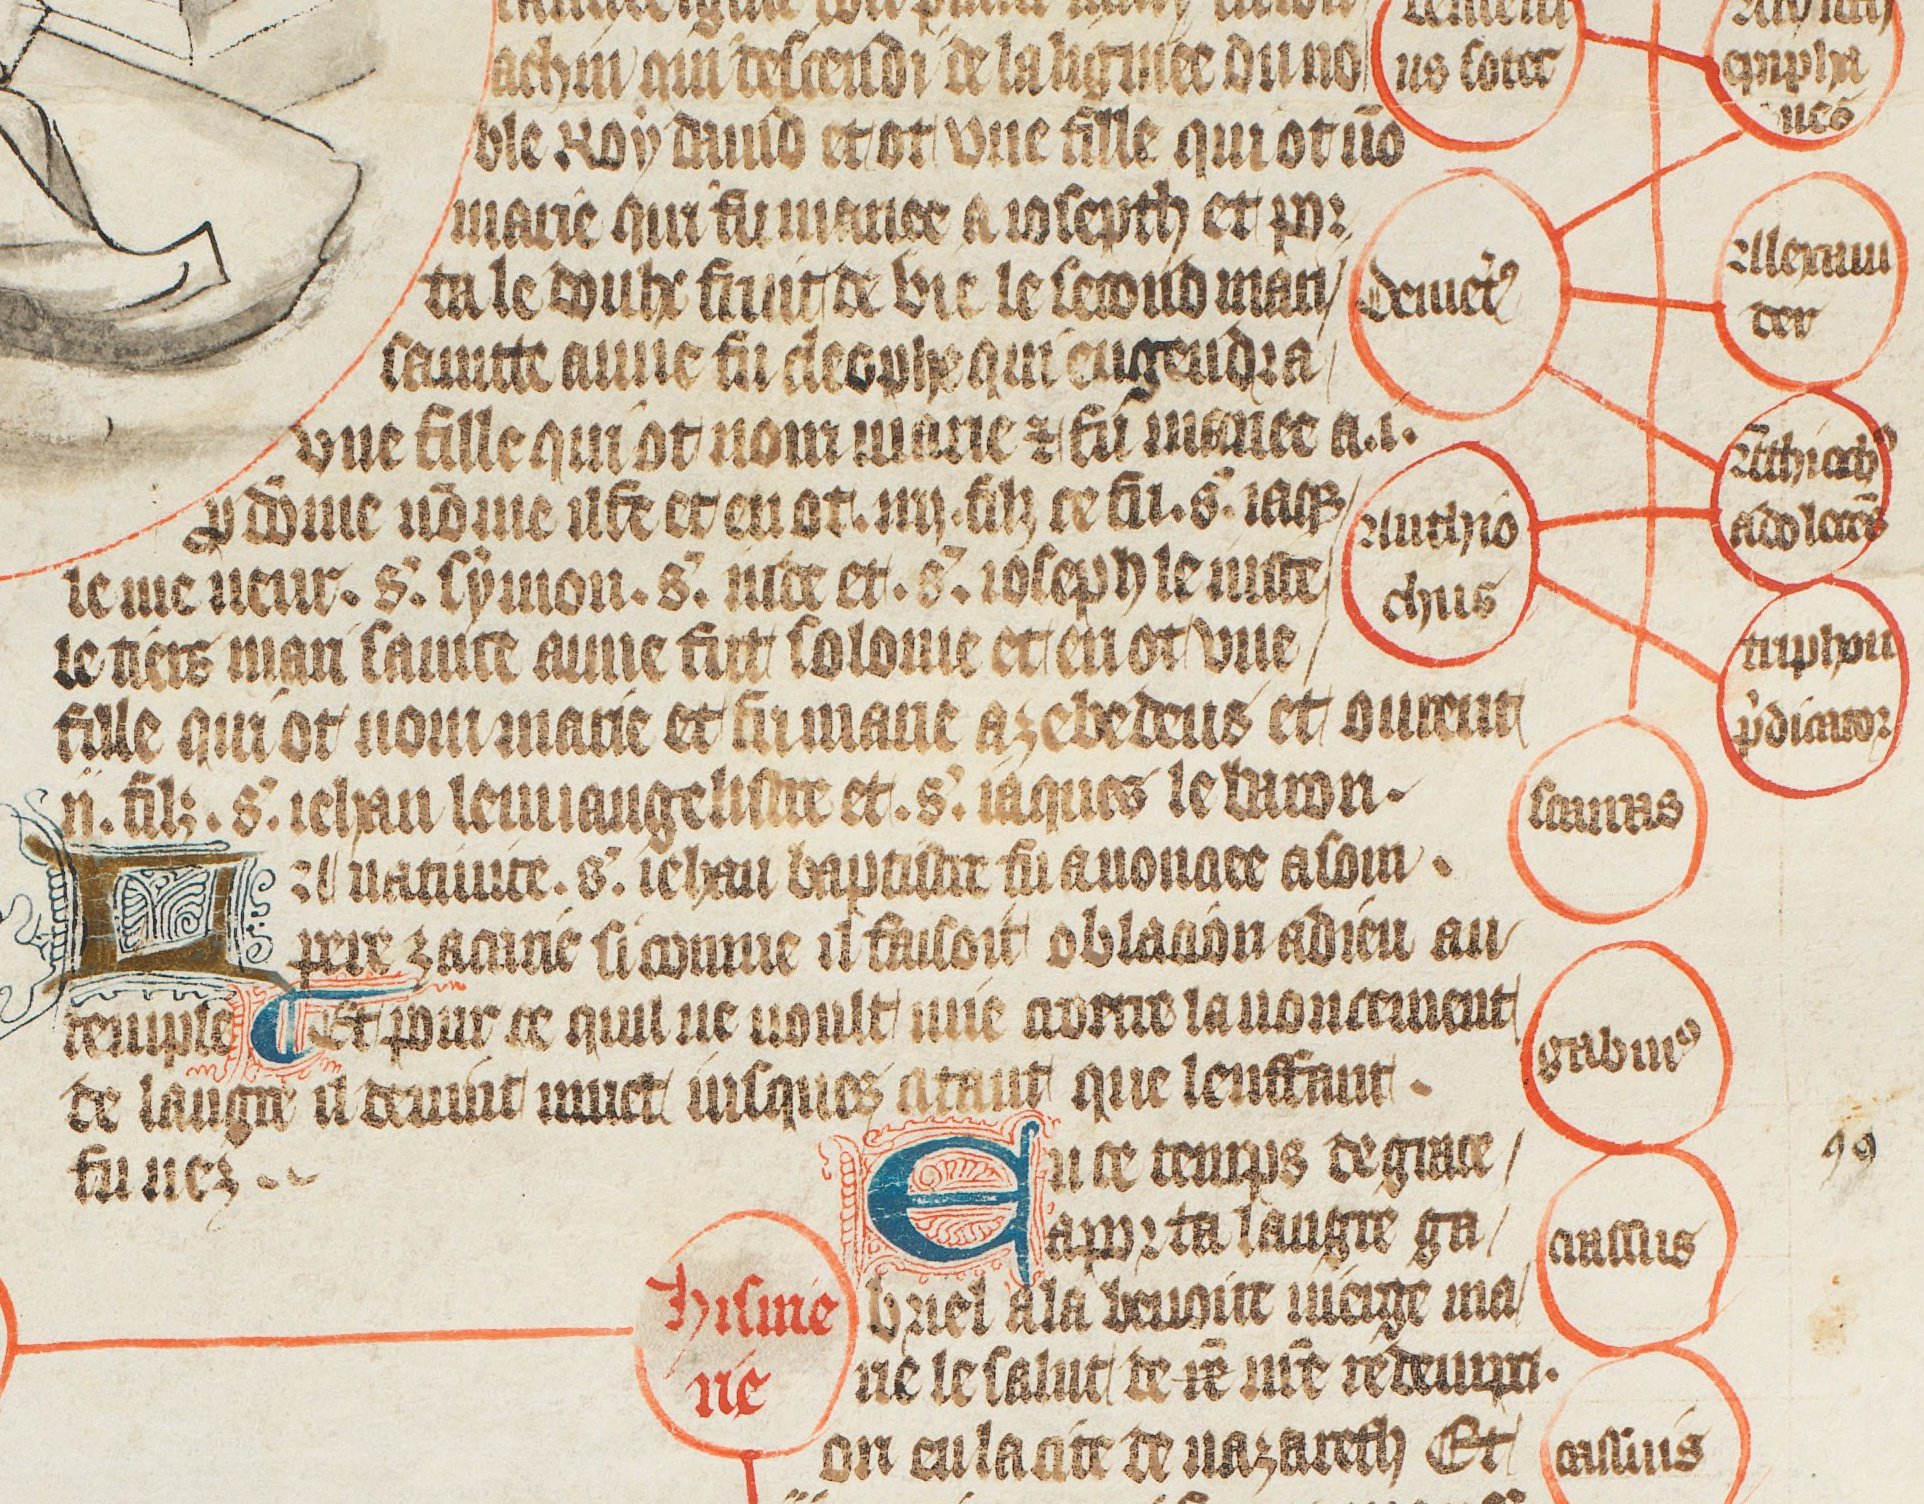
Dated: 1350–1410